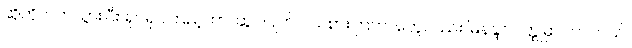
ဆိုဟိုဘက်သွားပြီး ရုပ်ရှင်ကြည့်တာ၊ ဆွပ်ပြုတ် ဝယ်စားကြတာတွေလည်း မြနန္ဒာ ဝတ္ထုမှာ ပါပါတယ်။